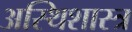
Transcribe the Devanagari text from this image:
अस्थिशास्त्र